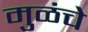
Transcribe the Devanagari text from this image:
मुळंचे